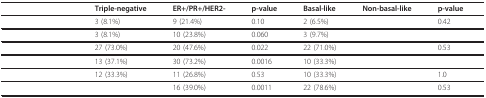
<table><thead><tr><td>[EMPTY_CELL]</td><td><b>Triple-negative</b></td><td><b>ER+/PR+/HER2-</b></td><td><b>p-value</b></td><td><b>Basal-like</b></td><td><b>Non-basal-like</b></td><td><b>p-value</b></td></tr></thead><tbody><tr><td>[EMPTY_CELL]</td><td>3 (8.1%)</td><td>9 (21.4%)</td><td>0.10</td><td>2 (6.5%)</td><td>[EMPTY_CELL]</td><td>0.42</td></tr><tr><td>[EMPTY_CELL]</td><td>3 (8.1%)</td><td>10 (23.8%)</td><td>0.060</td><td>3 (9.7%)</td><td>[EMPTY_CELL]</td><td>[EMPTY_CELL]</td></tr><tr><td>[EMPTY_CELL]</td><td>27 (73.0%)</td><td>20 (47.6%)</td><td>0.022</td><td>22 (71.0%)</td><td>[EMPTY_CELL]</td><td>0.53</td></tr><tr><td>[EMPTY_CELL]</td><td>13 (37.1%)</td><td>30 (73.2%)</td><td>0.0016</td><td>10 (33.3%)</td><td>[EMPTY_CELL]</td><td>[EMPTY_CELL]</td></tr><tr><td>[EMPTY_CELL]</td><td>12 (33.3%)</td><td>11 (26.8%)</td><td>0.53</td><td>10 (33.3%)</td><td>[EMPTY_CELL]</td><td>1.0</td></tr><tr><td>[EMPTY_CELL]</td><td>[EMPTY_CELL]</td><td>16 (39.0%)</td><td>0.0011</td><td>22 (78.6%)</td><td>[EMPTY_CELL]</td><td>0.53</td></tr></tbody></table>